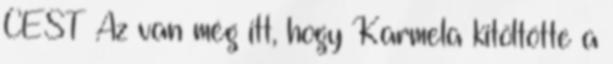
CEST Az van még itt, hogy Karmela kitöltötte a